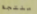
منتجة